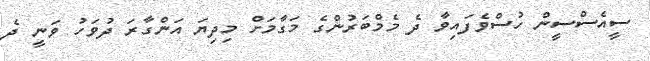
ސީއެސްސީން ހުސްވެފައިވާ ދެ މެމްބަރުންގެ މަގާމަށް މިދިޔަ އަންގާރަ ދުވަހު ވަނީ ދެ